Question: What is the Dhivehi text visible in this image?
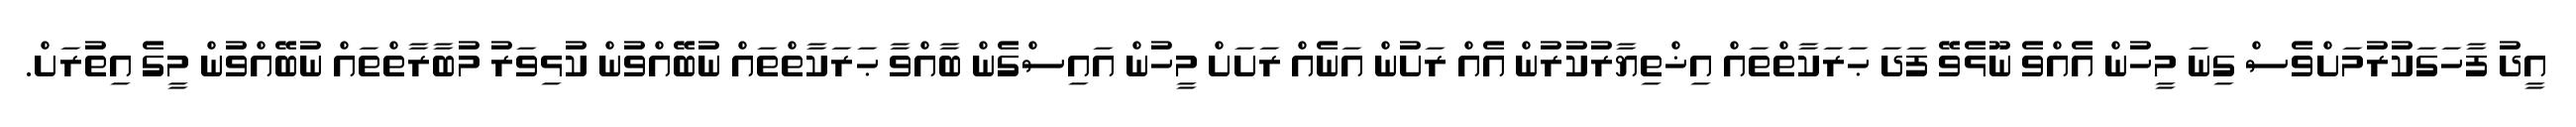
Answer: އީދު ފާހަގަކުރުމަށްވެސް ގިނަ މީހުން އެއްވެ ނޫޅެވޭ ފަދަ ޙަރަކާތްތައް އިޚްތިޔާރުކުރުން އެއް ރަށުން އަނެއް ރަށަށް މީހުން އައިސްގެން ބާއްވާ ޙަރަކާތްތައް ނުބޭއްވުން ކުޅިވަރު މުބާރާތްތައް ނުބޭއްވުން މީގެ އިތުރަށް.